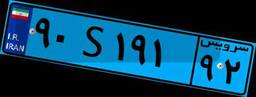
۴۹S۵۵۳۲۷